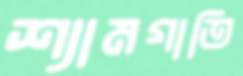
শ্যামগাতি